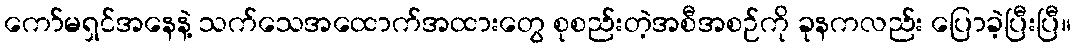
ကော်မရှင်အနေနဲ့ သက်သေအထောက်အထားတွေ စုစည်းတဲ့အစီအစဉ်ကို ခုနကလည်း ပြောခဲ့ပြီးပြီ။